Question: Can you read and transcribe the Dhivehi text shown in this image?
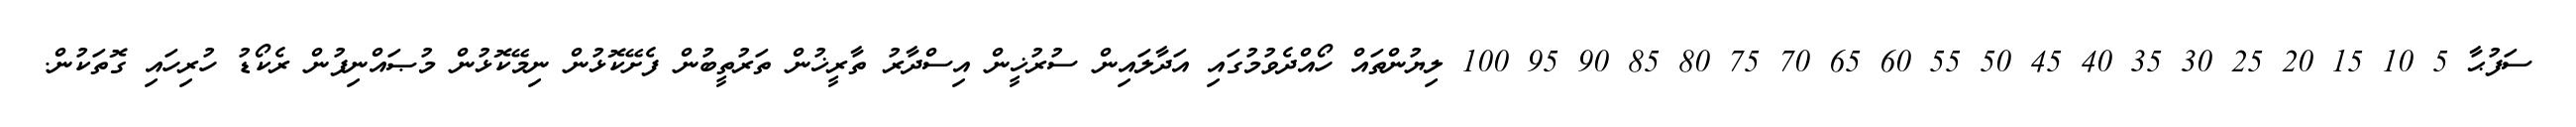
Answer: ސަފުޙާ 5 10 15 20 25 30 35 40 45 50 55 60 65 70 75 80 85 90 95 100 ލިޔުންތައް ހޯއްދެވުމުގައި އަދާލައިން ސުރުޚީން އިސްދާރު ތާރީޚުން ތަރުތީބުން ފެށޭކޮޅުން ނިމޭކޮޅުން މުޞައްނިފުން ރެކޯޑު ހުރިހައި ގޮތަކުން.